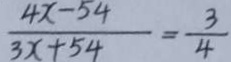
\frac { 4 x - 5 4 } { 3 x + 5 4 } = \frac { 3 } { 4 }